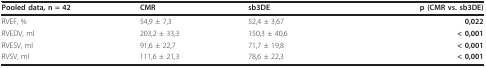
| Pooled data, n = 42 | CMR | sb3DE | p (CMR vs. sb3DE) |
 | --- | --- | --- | --- |
 | RVEF, % | 54,9 ± 7,3 | 52,4 ± 3,67 | 0,022 |
 | RVEDV, ml | 203,2 ± 33,3 | 150,3 ± 40,6 | < 0,001 |
 | RVESV, ml | 91,6 ± 22,7 | 71,7 ± 19,8 | < 0,001 |
 | RVSV, ml | 111,6 ± 21,3 | 78,6 ± 22,3 | < 0,001 |